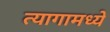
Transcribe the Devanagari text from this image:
त्यागामध्ये